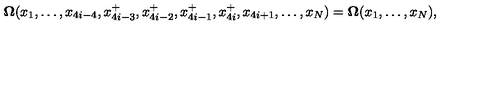
{ \bf \Omega } ( x _ { 1 } , \ldots , x _ { 4 i - 4 } , x _ { 4 i - 3 } ^ { + } , x _ { 4 i - 2 } ^ { + } , x _ { 4 i - 1 } ^ { + } , x _ { 4 i } ^ { + } , x _ { 4 i + 1 } , \ldots , x _ { N } ) = { \bf \Omega } ( x _ { 1 } , \ldots , x _ { N } ) , \nonumber